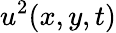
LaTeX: u^{2}(x,y,t)